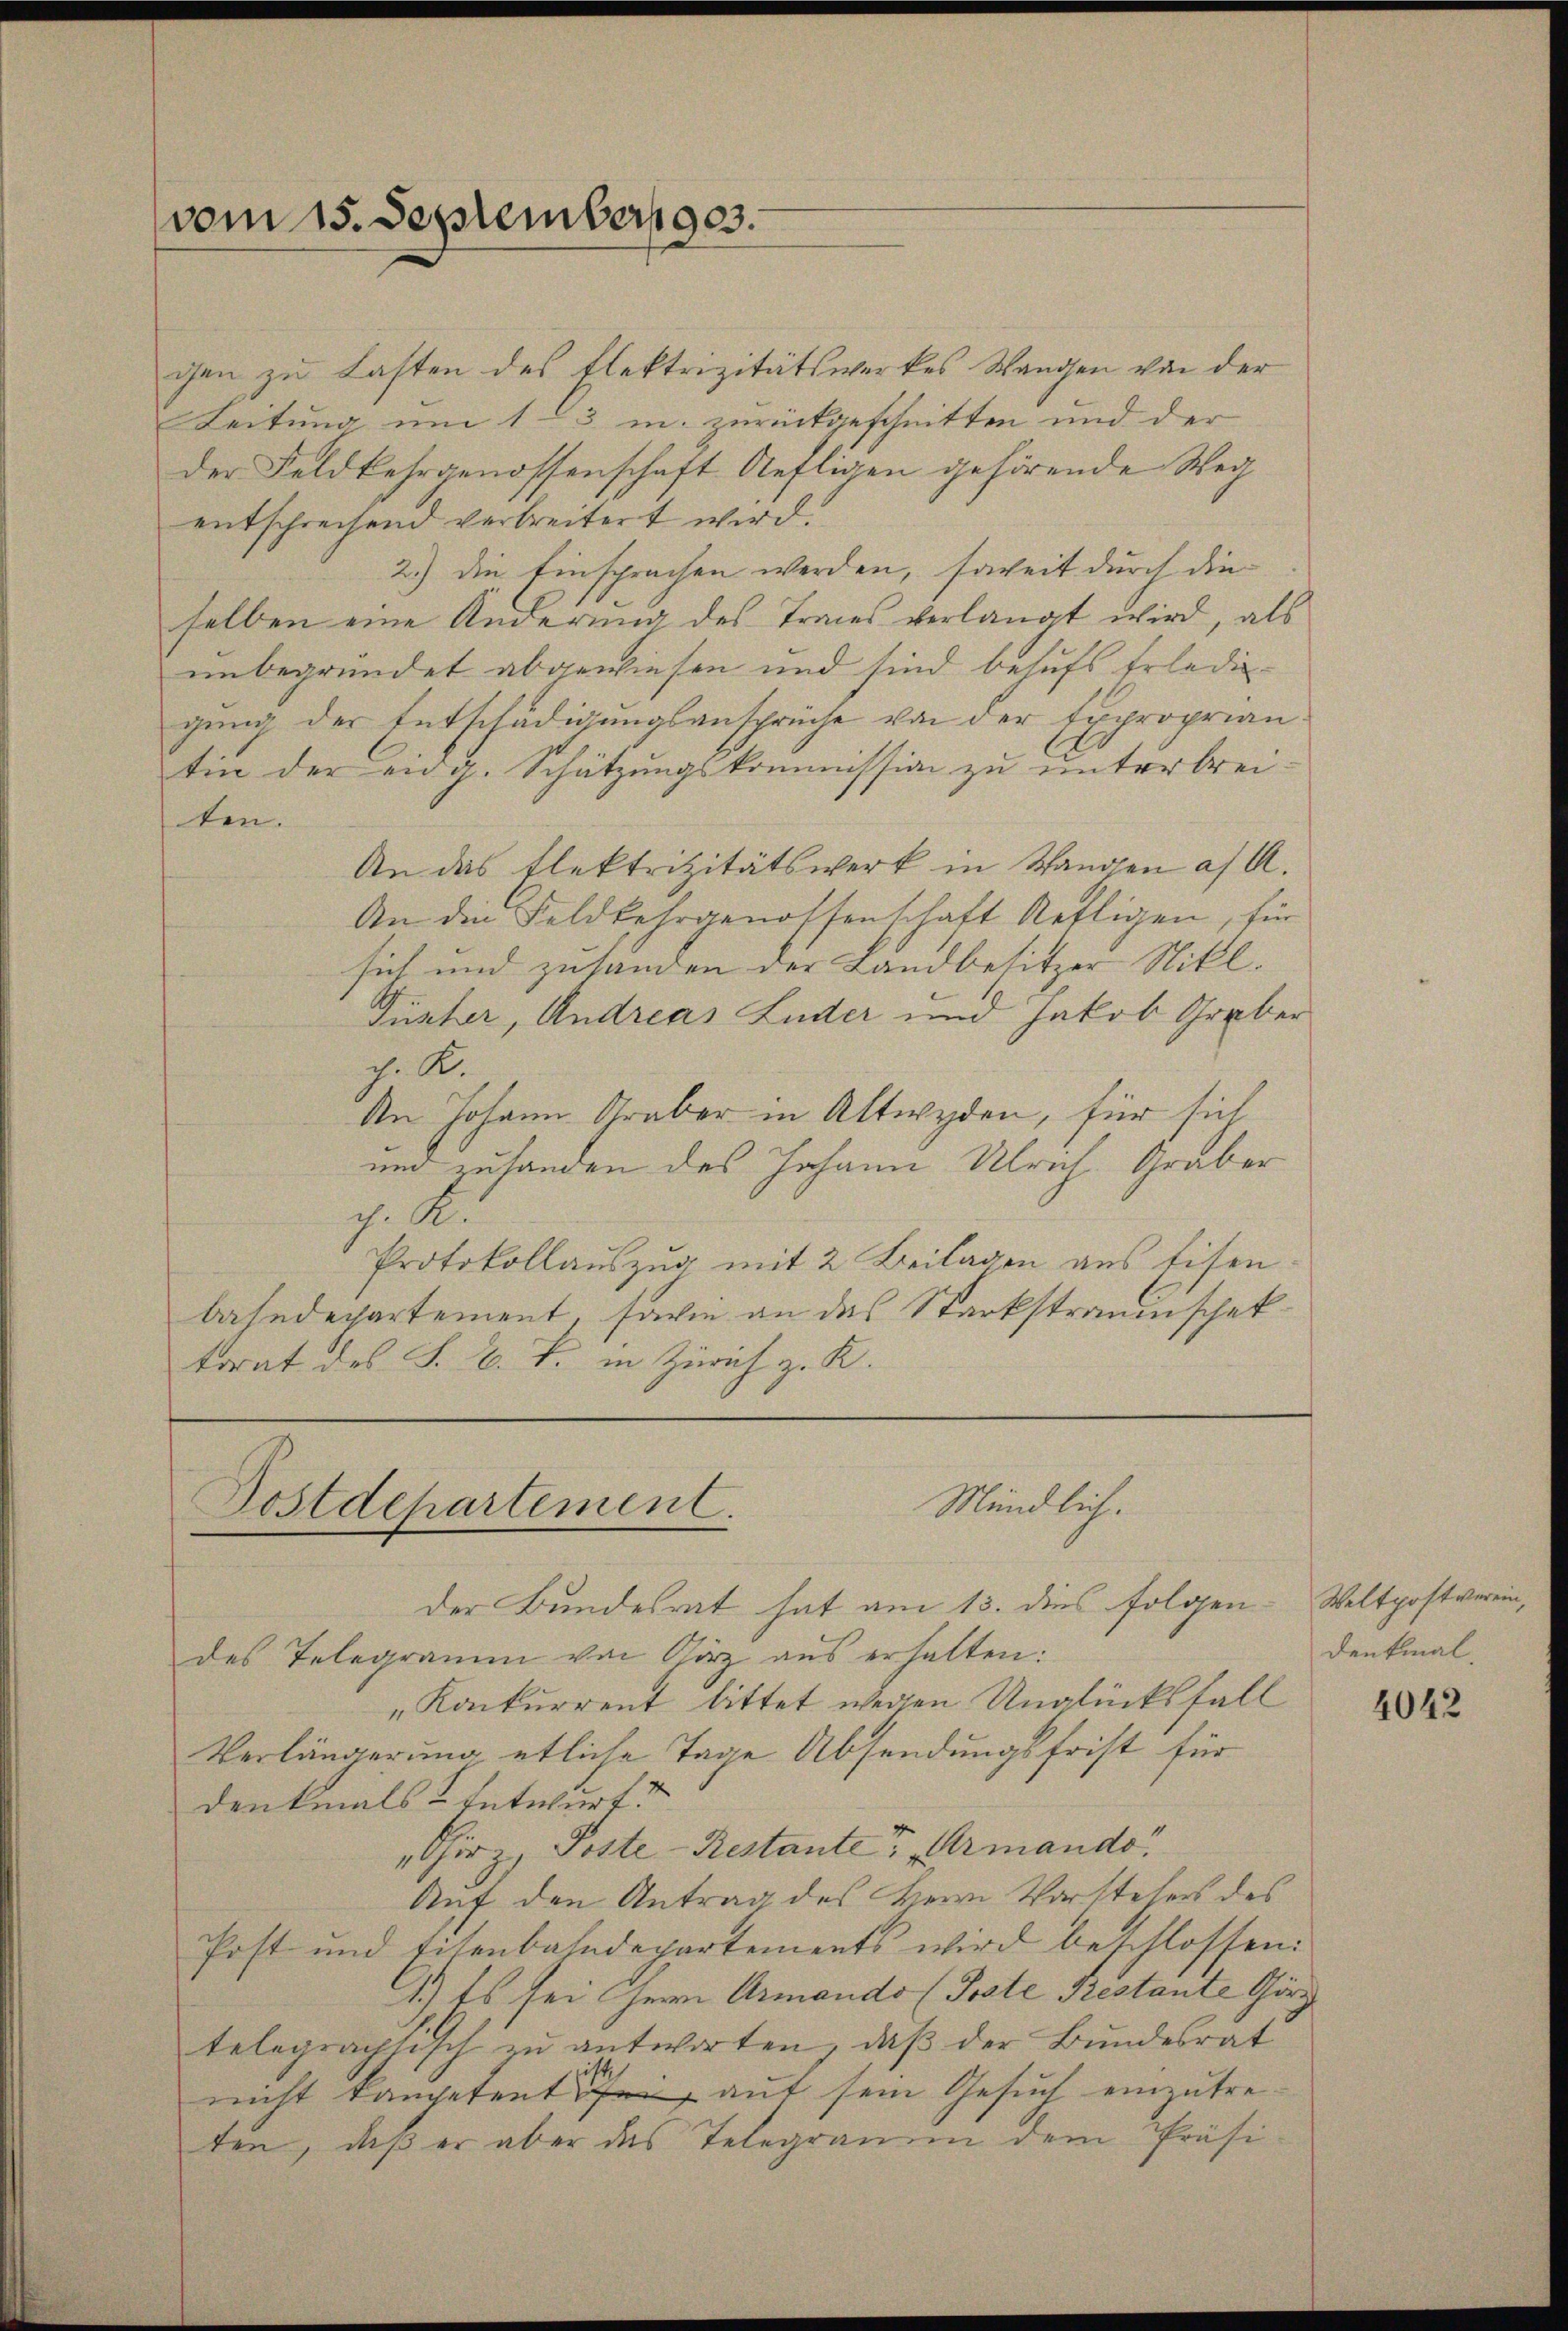
vom 15. September 1903.

Mündlich.
Postdepartement.

der Bundesrat hat am 13. dies folgendes Telegramm von Görz aus erhalten:
„Konkurrent bittet wegen Unglücksfall
Verlängerung etliche Tage Absendungsfrist für
denkmals & Entwurf.
„Thirz, Poste-Restanter „Armando
Auf den Antrag des Herrn Vorstehers des
Post und Eisenbahndepartements wird beschlossen:
1.) Es sei Herr Armando (Poste Restante Görg
telegraphtisch zu antworten, daß der Bundesrat
nicht kompetent sei, auf sein Gesuch einzutreten, daß er aber das Telegramm dem Präsi-

gen zu Lasten des Elektrizitätswerkes Wanden von der
Leitung um 1–3 m. zurückgeschnitten und der
der Feldkehrgenossenschaft Aefligen gehörende Weg
entschrechend verbreitert wird.
2.) Die Einsprachen werden, soweit durch die
selben eine Änderung des Traues verlangt wird, als
unbegründet abgewiesen und sind behufs Erlediggung der Entschädigungsansprüche von der Exproprian.
tin der eing. Schätzungskommission zu unterbreiten.
An das Elektrizitätswerk in Standen af A.
An die Feldkehrgenossenschaft Kettigen, für
sich und zusanden der Landbesitzer Nikl.
Tücher, Andreas Luder und Jakob Graber
J. K.
An Johann Graber in Altwyden, für sich
und zuhanden des Johann Ulrich. Graber
g. S.
Protokollauszug mit 2 Beilagen aus Eisen
bahndepartement, sowie an das Starkstraumschaf
korat des S. V. B. in Zürich z. R.

Weltpost verein,
Denkmal.

4042